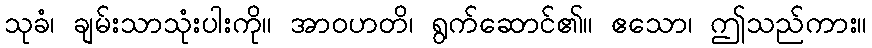
သုခံ၊ ချမ်းသာသုံးပါးကို။ အာဝဟတိ၊ ရွက်ဆောင်၏။ ဧသော၊ ဤသည်ကား။